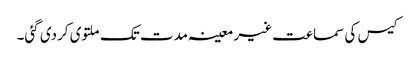
کیس کی سماعت غیر معینہ مدت تک ملتوی کردی گئی۔